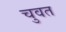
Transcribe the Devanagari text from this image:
चुवत